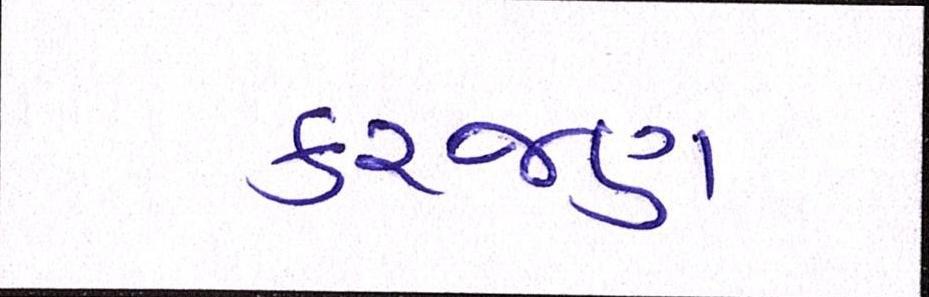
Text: કરજણ